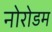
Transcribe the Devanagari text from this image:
नोरोडम